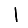
Digit: 1